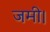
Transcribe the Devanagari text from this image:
जमी।